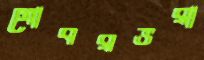
গোবরভরা